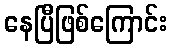
နေပြီဖြစ်ကြောင်း